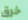
خرق